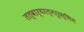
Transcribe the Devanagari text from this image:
तत्वार्थरत्नरूरस्थित